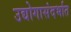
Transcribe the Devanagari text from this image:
उद्योगासंदर्भात